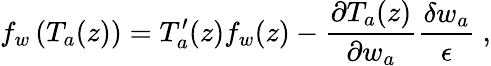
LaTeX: f_{w}\left(T_{a}(z)\right)=T_{a}^{\prime}(z)f_{w}(z)-\frac{\partial T_{a}(z)}{\partial w_{a}}\frac{\delta w_{a}}{\epsilon}\ ,